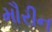
મૌરીન